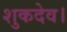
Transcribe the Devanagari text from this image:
शुकदेव।